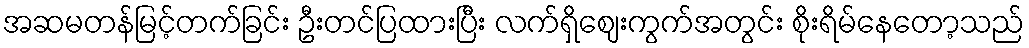
အဆမတန်မြင့်တက်ခြင်း ဦးတင်ပြထားပြီး လက်ရှိဈေးကွက်အတွင်း စိုးရိမ်နေတော့သည်